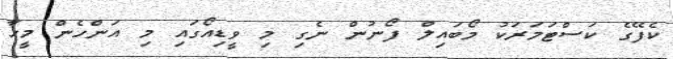
ކެފޭގެ ކަސްޓަމަރަކު މޯބައިލް ފޯނުން ނެގި މި ވީޑިއޯގައި މި އަންހެން މީހާ